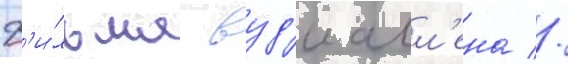
ф'и́льма вуд'и алл'ена //